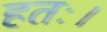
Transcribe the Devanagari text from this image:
हतः।